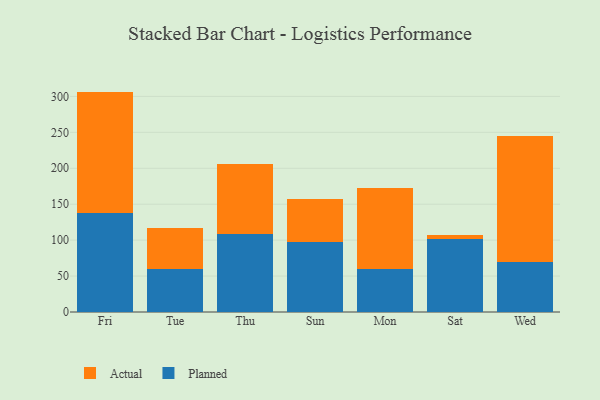
{"axis": {"x": "Day", "y": "Budget (USD K)"}, "legend": ["Actual", "Planned"], "data": [{"x": "Fri", "y": 137.3, "type": "Planned"}, {"x": "Fri", "y": 169.4, "type": "Actual"}, {"x": "Tue", "y": 59.6, "type": "Planned"}, {"x": "Tue", "y": 57.5, "type": "Actual"}, {"x": "Thu", "y": 108.3, "type": "Planned"}, {"x": "Thu", "y": 97.9, "type": "Actual"}, {"x": "Sun", "y": 97.5, "type": "Planned"}, {"x": "Sun", "y": 59.1, "type": "Actual"}, {"x": "Mon", "y": 60.1, "type": "Planned"}, {"x": "Mon", "y": 113.1, "type": "Actual"}, {"x": "Sat", "y": 101.2, "type": "Planned"}, {"x": "Sat", "y": 6.0, "type": "Actual"}, {"x": "Wed", "y": 69.0, "type": "Planned"}, {"x": "Wed", "y": 175.6, "type": "Actual"}]}